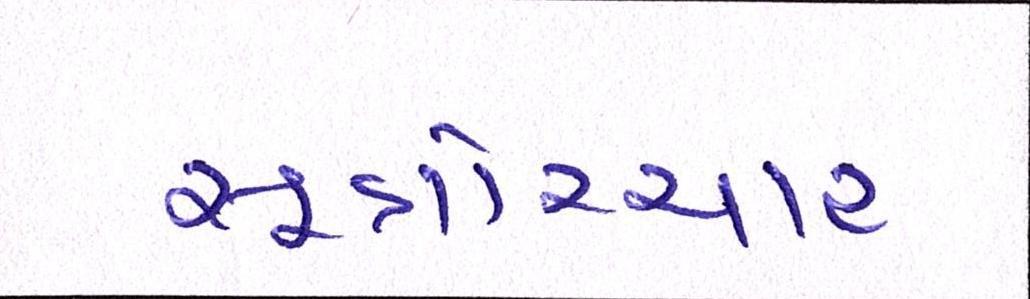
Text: સૂત્રોચ્ચાર